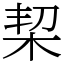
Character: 栔